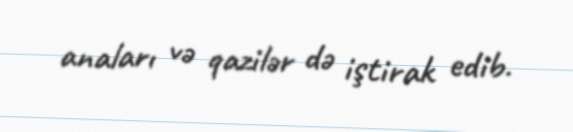
anaları və qazilər də iştirak edib.